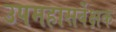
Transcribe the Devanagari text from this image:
उपमहासर्वेक्षक